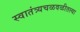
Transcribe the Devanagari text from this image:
स्वातंत्र्यचळवळीतल्या